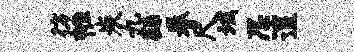
彷帷炭九繇眷尺坂忍遑